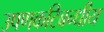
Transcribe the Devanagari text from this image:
उषणकटिबन्धीय